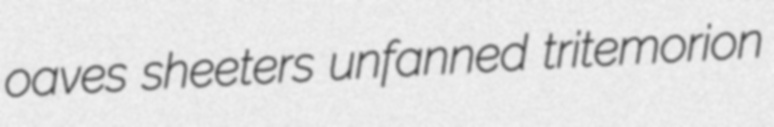
oaves sheeters unfanned tritemorion